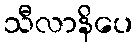
သီလာနိပေ